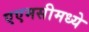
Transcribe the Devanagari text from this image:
एएमसीमध्ये